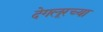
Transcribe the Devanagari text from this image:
देगलूरच्या